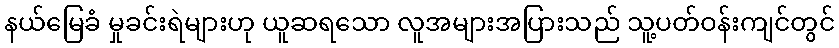
နယ်မြေခံ မှုခင်းရဲများဟု ယူဆရသော လူအများအပြားသည် သူ့ပတ်ဝန်းကျင်တွင်